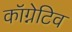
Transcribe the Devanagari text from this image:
कॉग्नेटिव